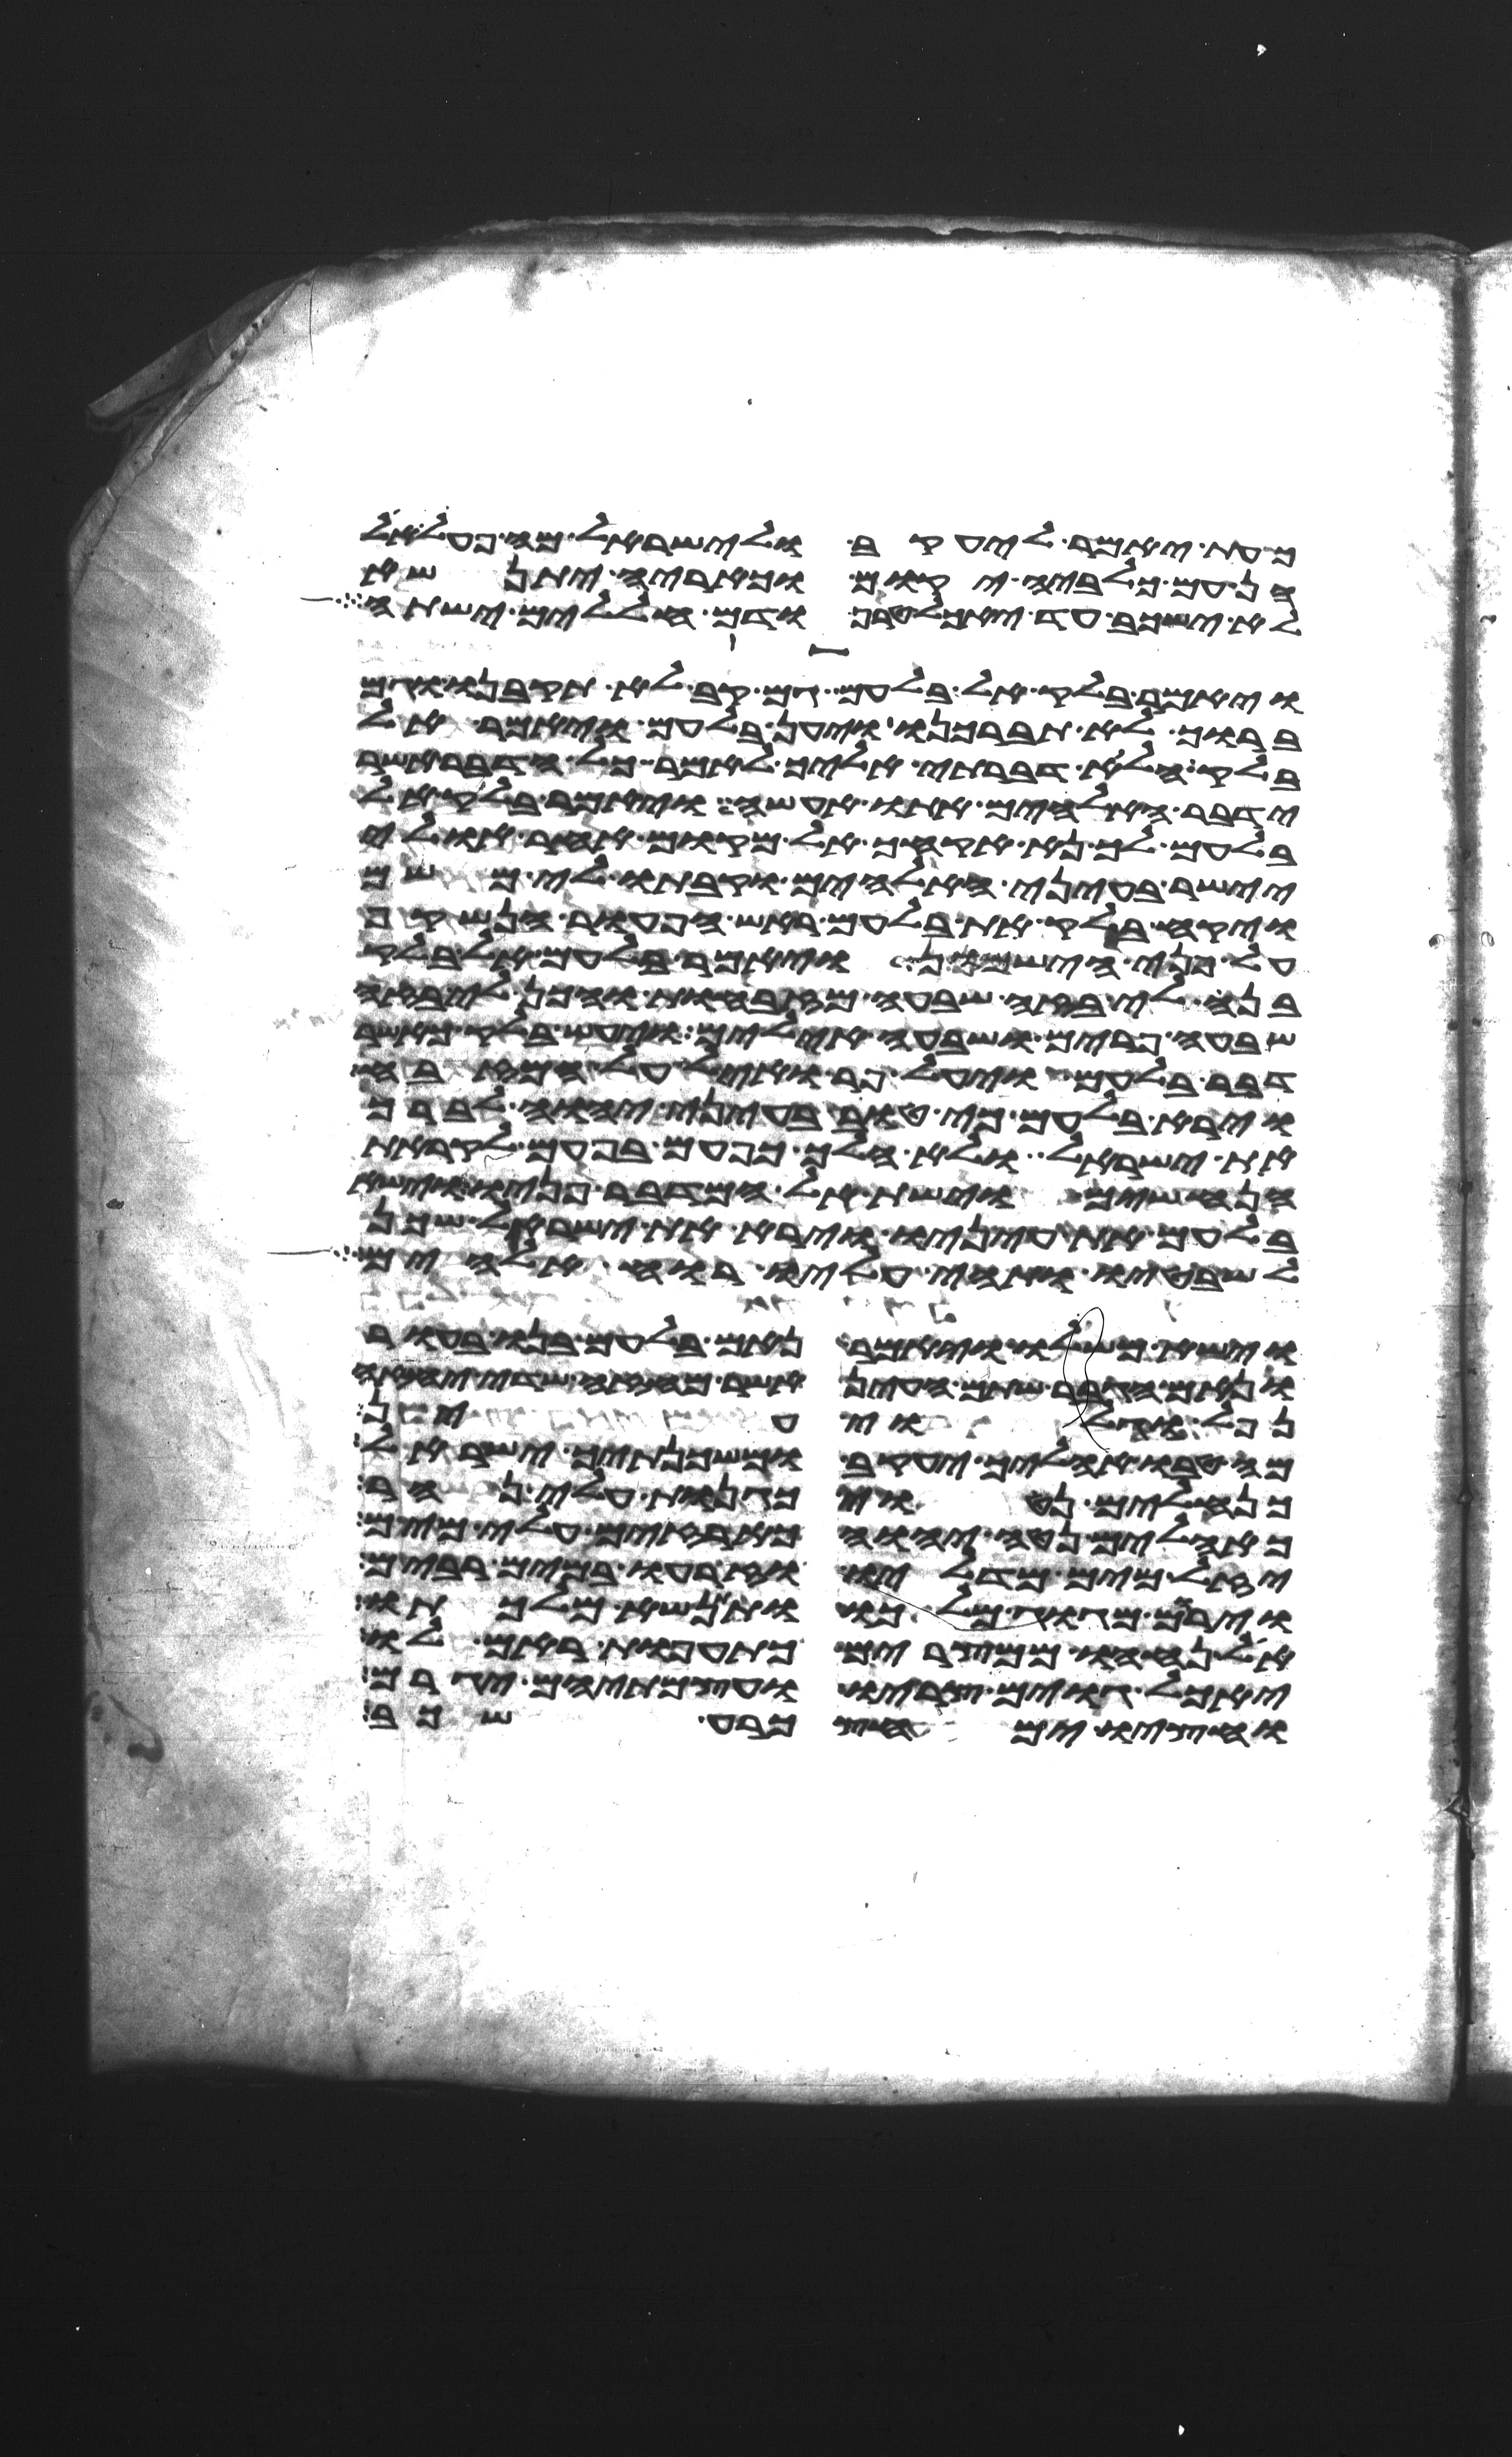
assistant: כעת יאמר ליעקב ולישראל מה פעל אל
הן עם כלביה יקום וכאריה יתנשא
לא ישכב עד יאכל טרף ודם חללים ישתה
ויאמר בלק אל בלעם גם קב לא תקבנו וגם
ברוך לא תברכנו ויען בלעם ויאמר אל
בלק הלוא דברתי אליך לאמר כל הדבר אשר
ידבר האלהים אתו אעשה ויאמר בלק אל
בלעם לך נא אקחך אל מקום אחר אולי
יישר בעיני האלהים וקבתו לי משם
ויקח בלק את בלעם ראש הפעור הנשקף
על פני הישמון ויאמר בלעם אל בלק
בנה לי בזה שבעה מזבחות והכן לי בזה
שבעה פרים ושבעה אילים ויעש בלק כאשר
דבר בלעם ויעל פר ואיל על המזבח
וירא בלעם כי טוב בעיני יהוה לברך
את ישראל ולא הלך כפעם בפעם לקראת
הנחשים וישת אל המדבר פניו וישא
בלעם את עיניו וירא את ישראל שכן
לשבטיו ותהי עליו רוח אלהים
וישא משלו ויאמר נאם בלעם בנו בעור
ונאם הגבר שתם העין אשר מחזה שדה יחזה
נפל וגלוי עין
מה טבו אהליך יעקב ומשכנתיך ישראל
כנחלים נטוי כגנות עלי נהר
כאהלים נטה יהוה כארזים עלי מים
יזל מים מדליו וזרעו במים רבים
וירם מגוג מלכו ותתנשא מלכותו
אל נחהו ממצרים כתועפת ראם לו
יאכל גוים צריו ועצמתיהם יגרם
וחציו ימחץ כרע שכב